Madras plague regulations in force outside the Presidency town - Volume 2
Disease focus: Plague
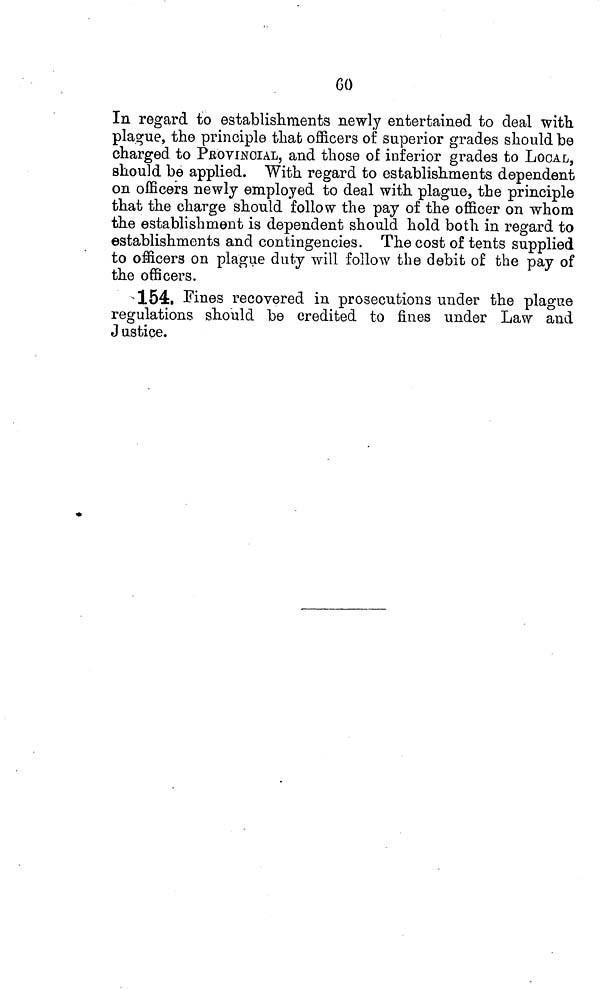
CO
In regard to establishments newly entertained to deal with,
plague, the principle that officers of superior grades should be
charged to PROVINCIAL, and those of inferior grades to LOCAL,
should be applied. With regard to establishments dependent
on officers newly employed to deal with plague, the principle
that the charge should follow the pay of the officer on whom
the establishment is dependent should hold both in regard to
establishments and contingencies. The cost of tents supplied
to officers on plague duty will follow the debit of the pay of
the officers.
154, Fines recovered in prosecutions under the plague
regulations should be credited to fines under Law and
Justice.